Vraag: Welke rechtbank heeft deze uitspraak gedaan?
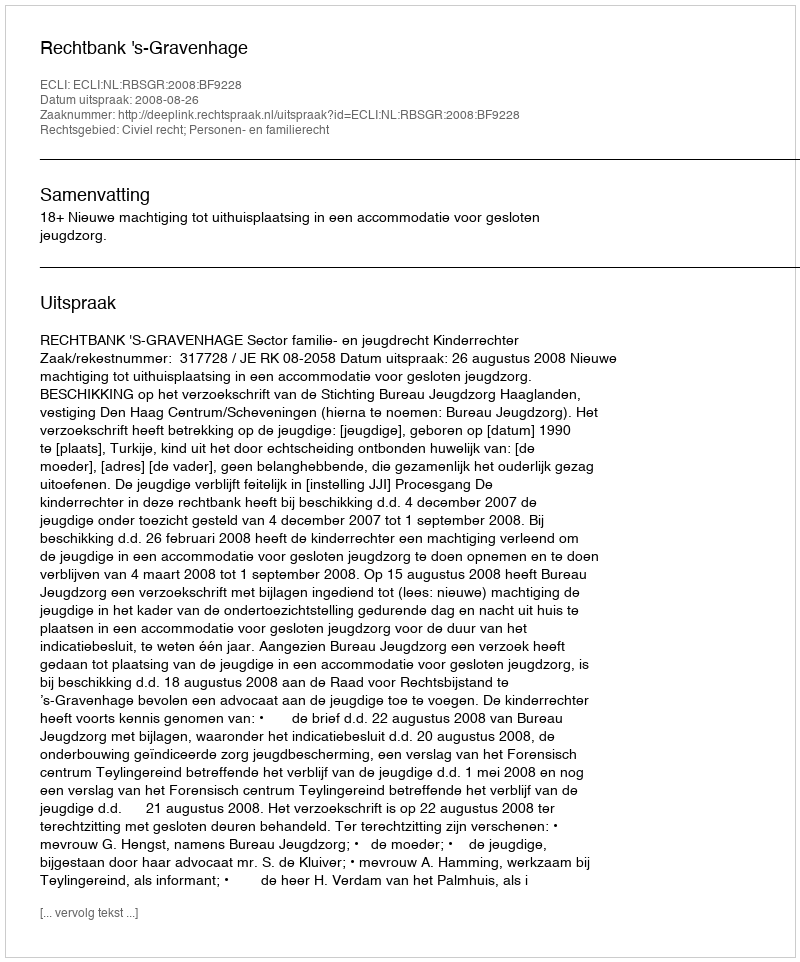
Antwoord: Rechtbank 's-Gravenhage